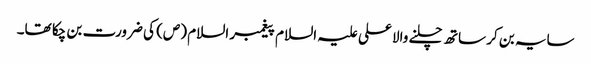
سایہ بن کر ساتھ چلنے والا علی علیہ السلام پیغمبر السلام (ص) کی ضرورت بن چکا تھا۔